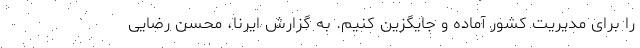
را برای مدیریت کشور آماده و جایگزین کنیم. به گزارش ایرنا، محسن رضایی